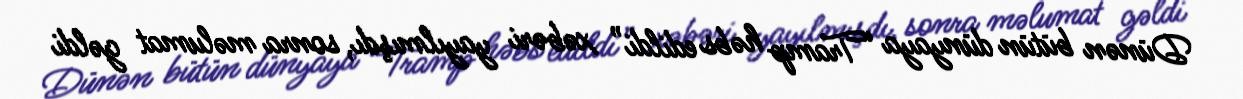
Dünən bütün dünyaya “Tramp həbs edildi” xəbəri yayılmışdı, sonra məlumat gəldi